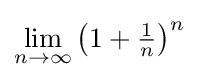
\lim _{n\to \infty }\left(1+{\tfrac {1}{n}}\right)^{n}